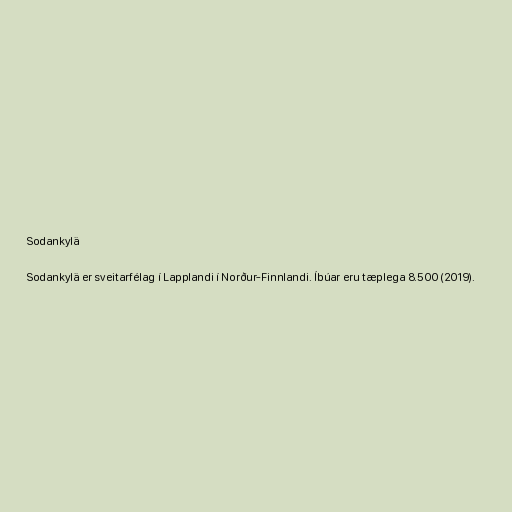
Sodankylä

Sodankylä er sveitarfélag í Lapplandi í Norður-Finnlandi. Íbúar eru tæplega 8.500 (2019).